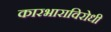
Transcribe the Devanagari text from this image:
कारभाराविरोधी